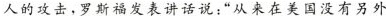
人的攻击，罗斯福发表讲话说：“从来在美国没有另外